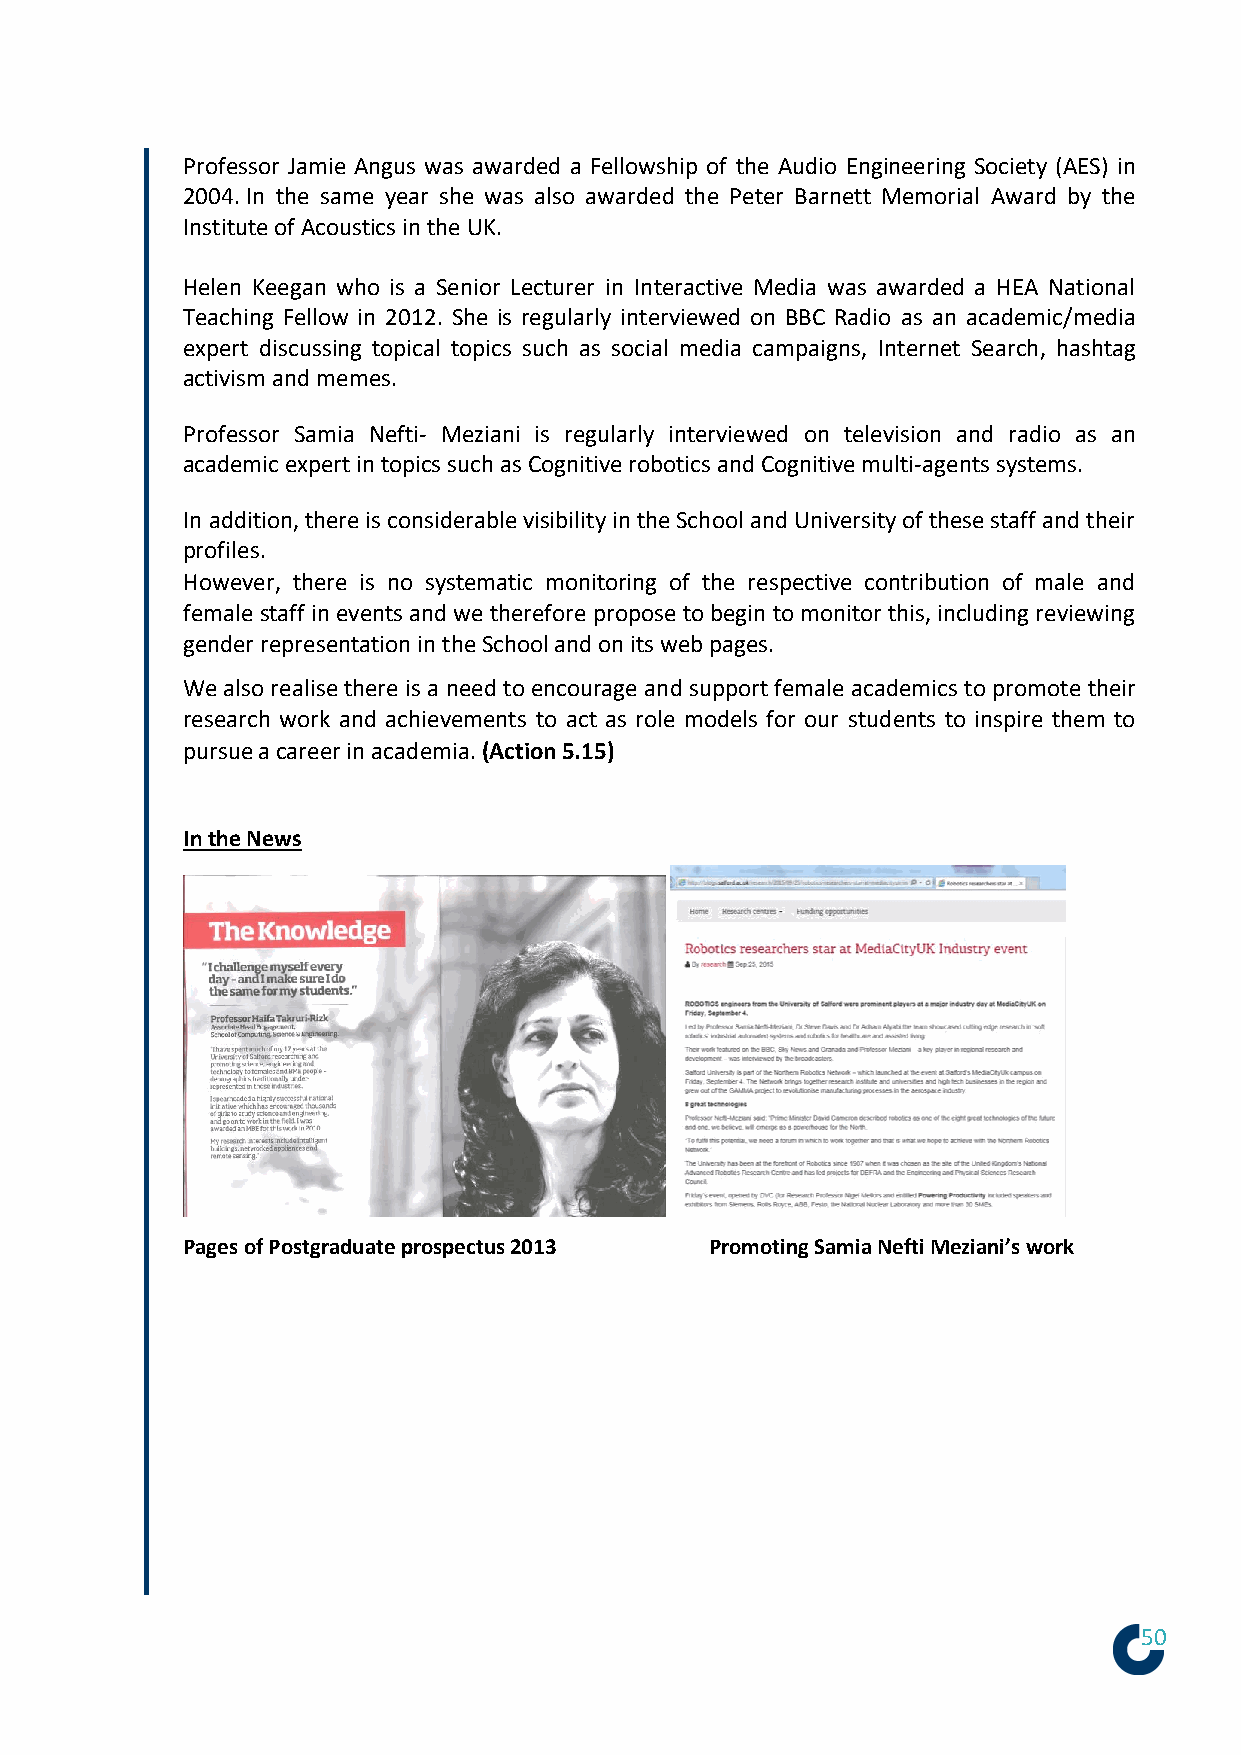
Professor Jamie Angus was awarded a Fellowship of the Audio Engineering Society (AES) in
 2004. In the same year she was also awarded the Peter Barnett Memorial Award by the
 Institute of Acoustics in the UK.
 Helen Keegan who is a Senior Lecturer in Interactive Media was awarded a HEA National
 Teaching Fellow in 2012. She is regularly interviewed on BBC Radio as an academic/media
 expert discussing topical topics such as social media campaigns, Internet Search, hashtag
 activism and memes.
 Professor Samia Nefti- Meziani is regularly interviewed on television and radio as an
 academic expert in topics such as Cognitive robotics and Cognitive multi-agents systems.
 In addition, there is considerable visibility in the School and University of these staff and their
 profiles.
 However, there is no systematic monitoring of the respective contribution of male and
 female staff in events and we therefore propose to begin to monitor this, including reviewing
 gender representation in the School and on its web pages.
 We also realise there is a need to encourage and support female academics to promote their
 research work and achievements to act as role models for our students to inspire them to
 pursue a career in academia. (Action 5.15)
 In the News
 Pages of Postgraduate prospectus 2013 Promoting Samia Nefti Meziani’s work
 50